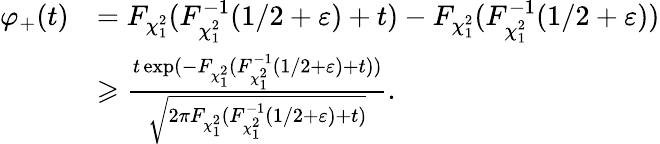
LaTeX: \begin{array}{rl}{\varphi_{+}(t)}&{=F_{\chi_{1}^{2}}(F_{\chi_{1}^{2}}^{-1}(1/2+\varepsilon)+t)-F_{\chi_{1}^{2}}(F_{\chi_{1}^{2}}^{-1}(1/2+\varepsilon))}\\ &{\geqslant\frac{t\exp(-F_{\chi_{1}^{2}}(F_{\chi_{1}^{2}}^{-1}(1/2+\varepsilon)+t))}{\sqrt{2\pi F_{\chi_{1}^{2}}(F_{\chi_{1}^{2}}^{-1}(1/2+\varepsilon)+t)}}.}\end{array}